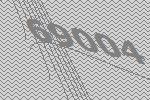
69004